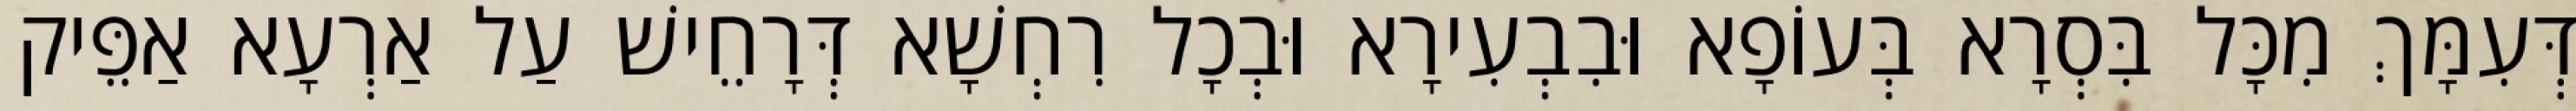
דְּעִמָּךְ מִכָּל בִּסְרָא בְּעוֹפָא וּבִבְעִירָא וּבְכָל רִחְשָׁא דְּרָחֵישׁ עַל אַרְעָא אַפֵּיק